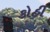
કોહી